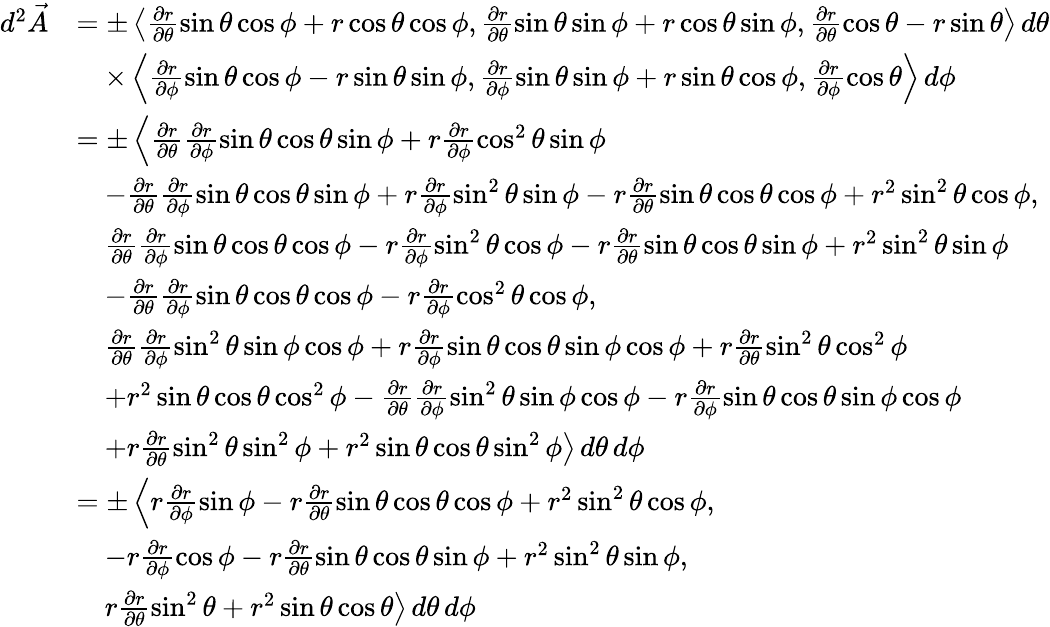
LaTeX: \begin{array}{rl}{d^{2}\vec{A}}&{=\pm\left\langle\frac{\partial r}{\partial\theta}\sin\theta\cos\phi+r\cos\theta\cos\phi,\frac{\partial r}{\partial\theta}\sin\theta\sin\phi+r\cos\theta\sin\phi,\frac{\partial r}{\partial\theta}\cos\theta-r\sin\theta\right\rangle\, d\theta}\\ &{\quad\times\left\langle\frac{\partial r}{\partial\phi}\sin\theta\cos\phi-r\sin\theta\sin\phi,\frac{\partial r}{\partial\phi}\sin\theta\sin\phi+r\sin\theta\cos\phi,\frac{\partial r}{\partial\phi}\cos\theta\right\rangle\, d\phi}\\ &{=\pm\left\langle\frac{\partial r}{\partial\theta}\frac{\partial r}{\partial\phi}\sin\theta\cos\theta\sin\phi+r\frac{\partial r}{\partial\phi}\cos^{2}\theta\sin\phi\right.}\\ &{\quad-\frac{\partial r}{\partial\theta}\frac{\partial r}{\partial\phi}\sin\theta\cos\theta\sin\phi+r\frac{\partial r}{\partial\phi}\sin^{2}\theta\sin\phi-r\frac{\partial r}{\partial\theta}\sin\theta\cos\theta\cos\phi+r^{2}\sin^{2}\theta\cos\phi,}\\ &{\quad\frac{\partial r}{\partial\theta}\frac{\partial r}{\partial\phi}\sin\theta\cos\theta\cos\phi-r\frac{\partial r}{\partial\phi}\sin^{2}\theta\cos\phi-r\frac{\partial r}{\partial\theta}\sin\theta\cos\theta\sin\phi+r^{2}\sin^{2}\theta\sin\phi}\\ &{\quad-\frac{\partial r}{\partial\theta}\frac{\partial r}{\partial\phi}\sin\theta\cos\theta\cos\phi-r\frac{\partial r}{\partial\phi}\cos^{2}\theta\cos\phi,}\\ &{\quad\frac{\partial r}{\partial\theta}\frac{\partial r}{\partial\phi}\sin^{2}\theta\sin\phi\cos\phi+r\frac{\partial r}{\partial\phi}\sin\theta\cos\theta\sin\phi\cos\phi+r\frac{\partial r}{\partial\theta}\sin^{2}\theta\cos^{2}\phi}\\ &{\quad+r^{2}\sin\theta\cos\theta\cos^{2}\phi-\frac{\partial r}{\partial\theta}\frac{\partial r}{\partial\phi}\sin^{2}\theta\sin\phi\cos\phi-r\frac{\partial r}{\partial\phi}\sin\theta\cos\theta\sin\phi\cos\phi}\\ &{\quad\left.+r\frac{\partial r}{\partial\theta}\sin^{2}\theta\sin^{2}\phi+r^{2}\sin\theta\cos\theta\sin^{2}\phi\right\rangle\, d\theta\, d\phi}\\ &{=\pm\left\langle r\frac{\partial r}{\partial\phi}\sin\phi-r\frac{\partial r}{\partial\theta}\sin\theta\cos\theta\cos\phi+r^{2}\sin^{2}\theta\cos\phi,\right.}\\ &{\quad-r\frac{\partial r}{\partial\phi}\cos\phi-r\frac{\partial r}{\partial\theta}\sin\theta\cos\theta\sin\phi+r^{2}\sin^{2}\theta\sin\phi,}\\ &{\quad\left.r\frac{\partial r}{\partial\theta}\sin^{2}\theta+r^{2}\sin\theta\cos\theta\right\rangle\, d\theta\, d\phi}\end{array}